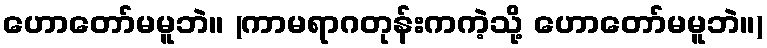
ဟောတော်မမူဘဲ။ (ကာမရာဂတုန်းကကဲ့သို့ ဟောတော်မမူဘဲ။)